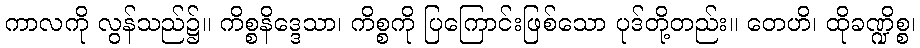
ကာလကို လွန်သည်၌။ ကိစ္စနိဒ္ဒေသာ၊ ကိစ္စကို ပြကြောင်းဖြစ်သော ပုဒ်တို့တည်း။ တေဟိ၊ ထိုခဏ္ဍိစ္စ၊